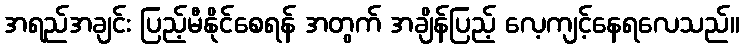
အရည်အချင်း ပြည့်မီနိုင်စေရန် အတွက် အချိန်ပြည့် လေ့ကျင့်နေရလေသည်။